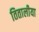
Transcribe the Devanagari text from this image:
तितालीया